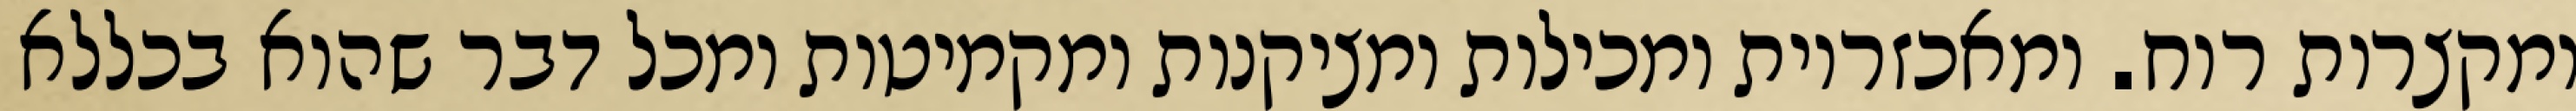
ומקצרות רוח. ומאכזריות ומכילות ומציקנות ומקמיטות ומכל דבר שהוא בכללא